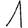
Digit: 1